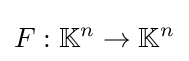
F:\mathbb {K} ^{n}\to \mathbb {K} ^{n}